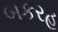
બકરહ